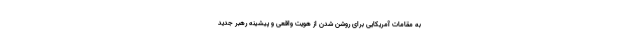
به مقامات آمریکایی برای روشن شدن از هویت واقعی و پیشینه رهبر جدید